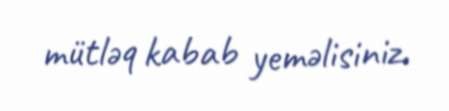
mütləq kabab yeməlisiniz.